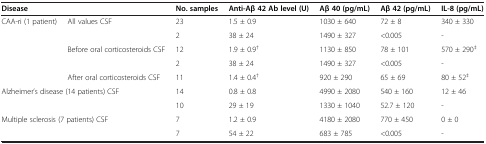
<table><thead><tr><td><b>Disease</b></td><td><b> </b></td><td><b>No. samples</b></td><td><b>Anti-Aβ 42 Ab level (U)</b></td><td><b>Aβ 40 (pg/mL)</b></td><td><b>Aβ 42 (pg/mL)</b></td><td><b>IL-8 (pg/mL)</b></td></tr></thead><tbody><tr><td rowspan="2">CAA-ri (1 patient)</td><td rowspan="2">All values CSF</td><td>23</td><td>1.5 ± 0.9</td><td>1030 ± 640</td><td>72 ± 8</td><td>340 ± 330</td></tr><tr><td>2</td><td>38 ± 24</td><td>1490 ± 327</td><td>&lt;0.005</td><td>-</td></tr><tr><td rowspan="2"> </td><td rowspan="2">Before oral corticosteroids CSF</td><td>12</td><td>1.9 ± 0.9<sup>†</sup></td><td>1130 ± 850</td><td>78 ± 101</td><td>570 ± 290<sup>‡</sup></td></tr><tr><td>2</td><td>38 ± 24</td><td>1490 ± 327</td><td>&lt;0.005</td><td>-</td></tr><tr><td> </td><td>After oral corticosteroids CSF</td><td>11</td><td>1.4 ± 0.4<sup>†</sup></td><td>920 ± 290</td><td>65 ± 69</td><td>80 ± 52<sup>‡</sup></td></tr><tr><td rowspan="2" colspan="2">Alzheimer’s disease (14 patients) CSF</td><td>14</td><td>0.8 ± 0.8</td><td>4990 ± 2080</td><td>540 ± 160</td><td>12 ± 46</td></tr><tr><td>10</td><td>29 ± 19</td><td>1330 ± 1040</td><td>52.7 ± 120</td><td>-</td></tr><tr><td rowspan="2" colspan="2">Multiple sclerosis (7 patients) CSF</td><td>7</td><td>1.2 ± 0.9</td><td>4180 ± 2080</td><td>770 ± 450</td><td>0 ± 0</td></tr><tr><td>7</td><td>54 ± 22</td><td>683 ± 785</td><td>&lt;0.005</td><td>-</td></tr></tbody></table>